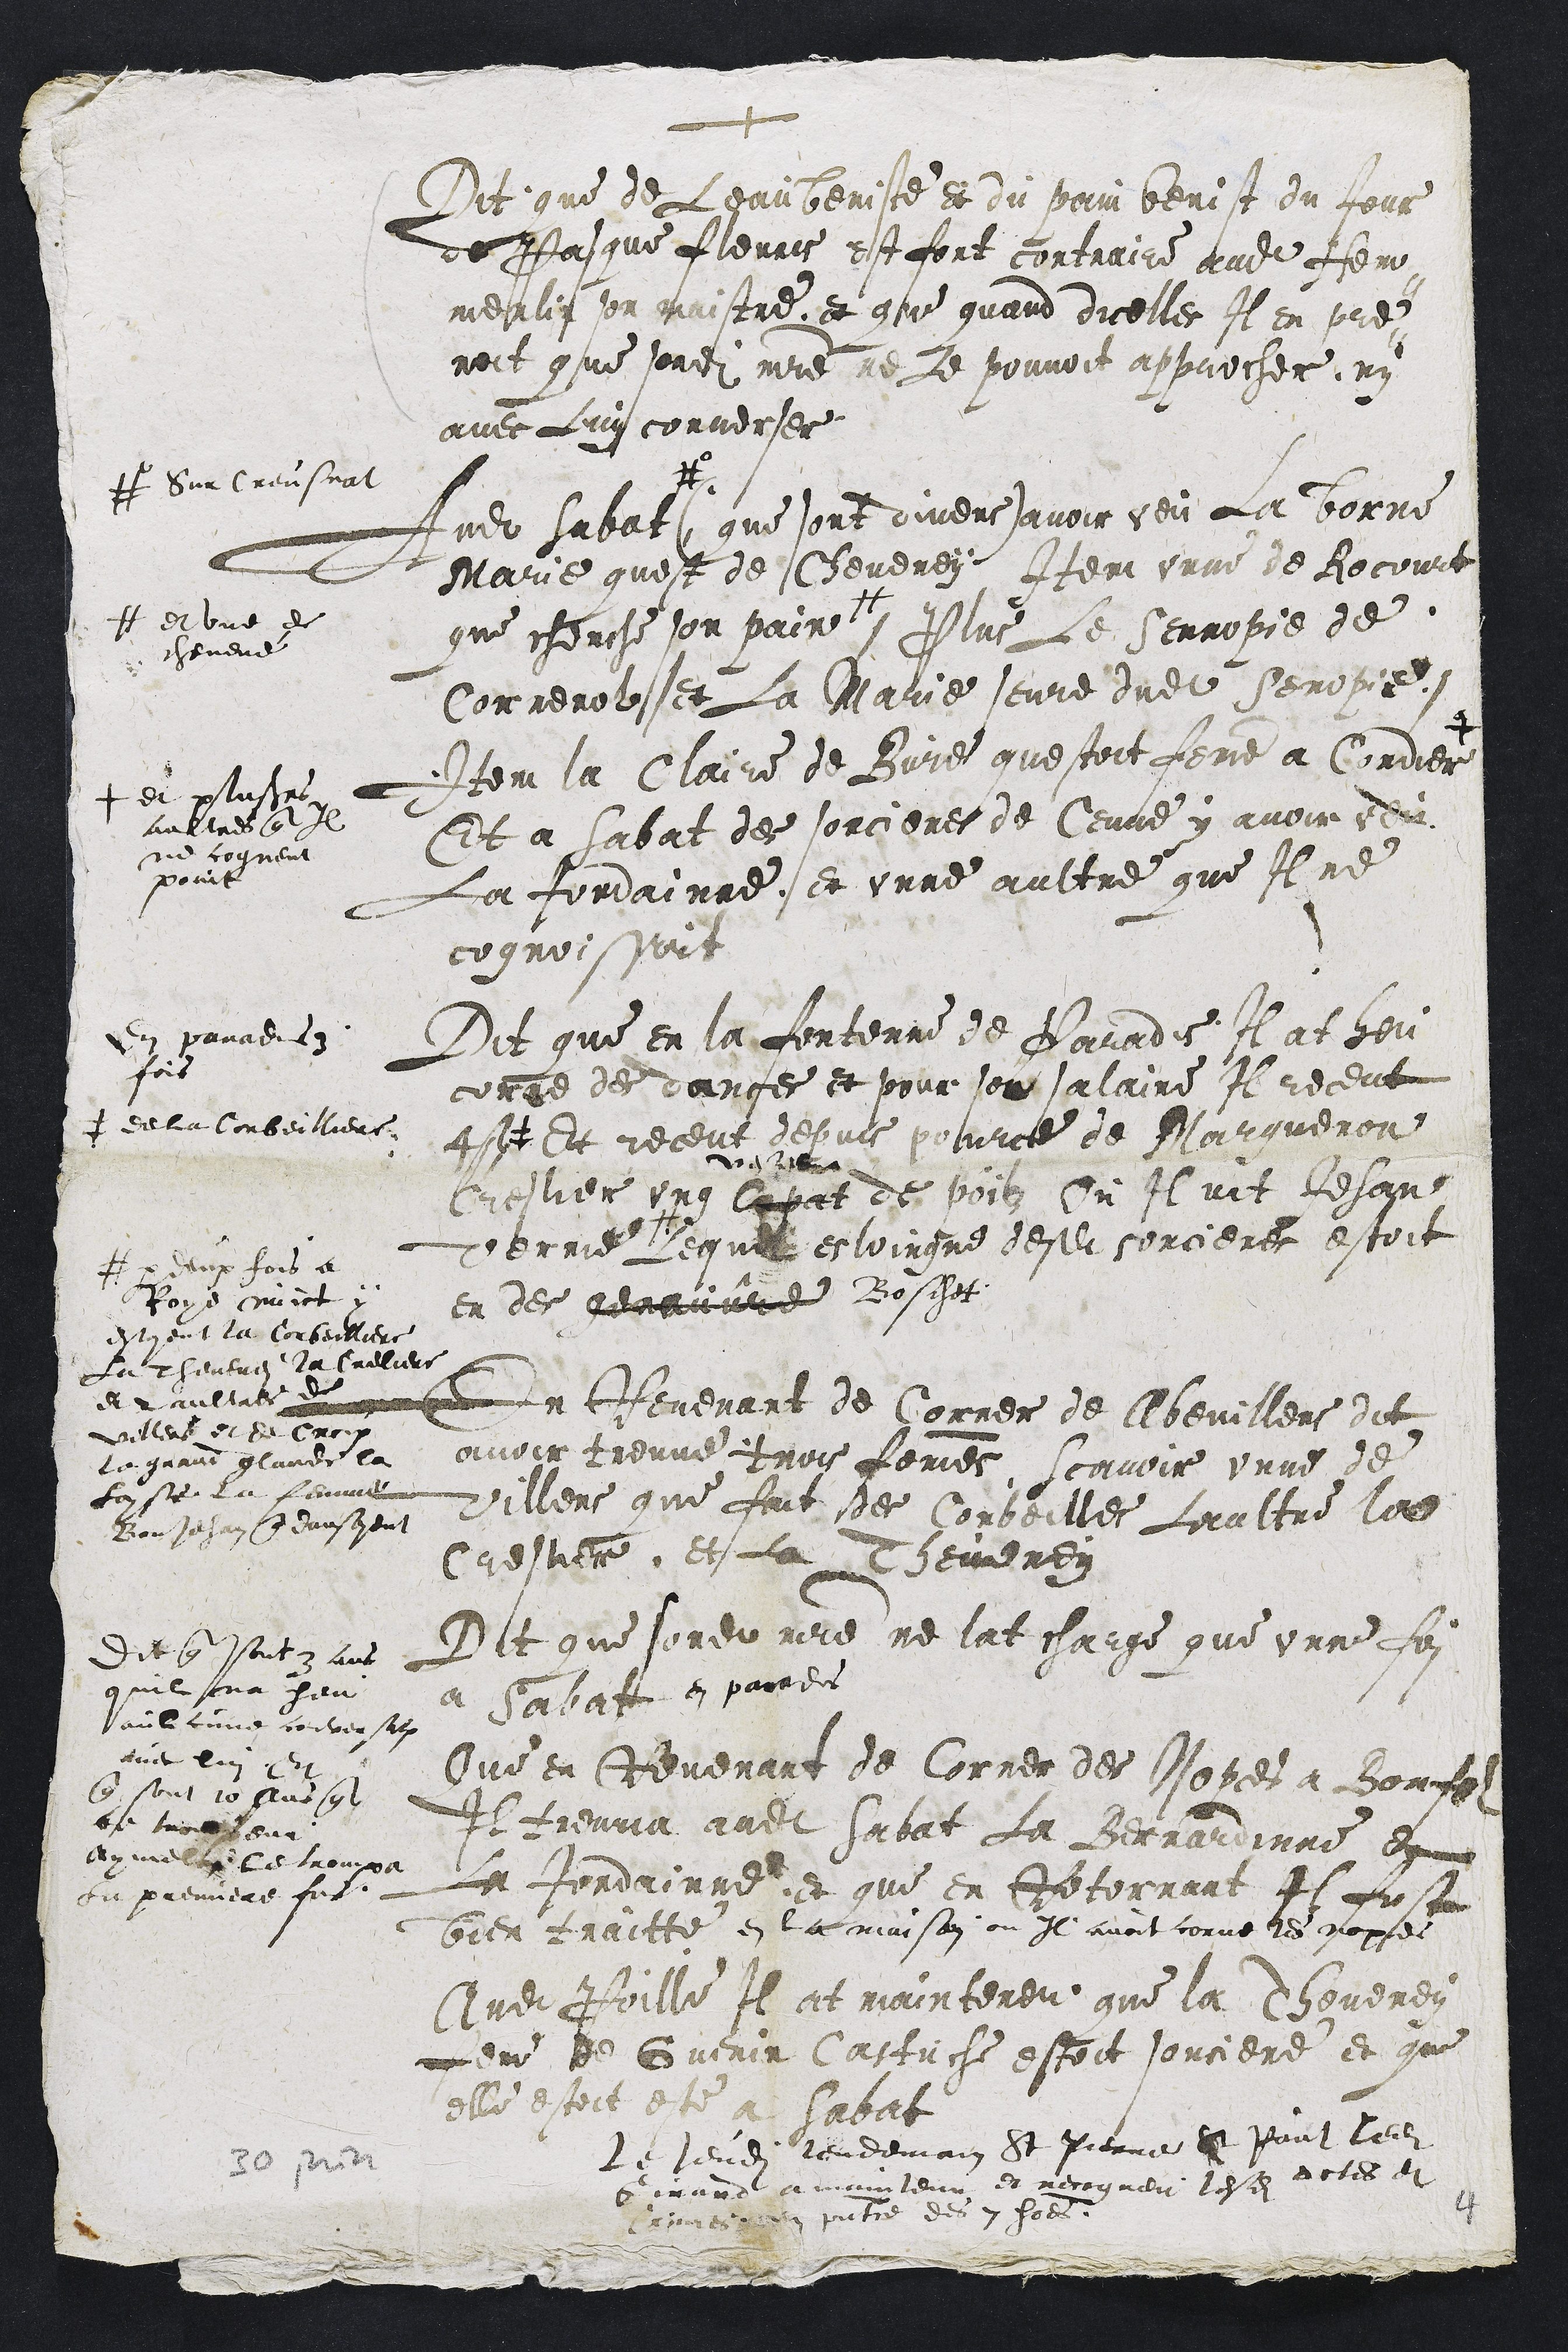
+
Dit que de Leau beniste et du pain benist du Jour
de Pasque fleuris est fort contraire audit Hem-
merlin son maistre et que quand dicelles Il en pre-
noit que sondit maitre ne Le pouvoit approcher, ny
avec Luy converser
Audit Sabat
# Sur Creusnat
(que sont divers) avoir veu La borne
Marie quest de Cheveney Item unne de Rocourt
que cherche son pain
# et une de
chevené
plus Le serropie de
Correnol et La Marie seure dudit Senopie
Item la Claire de Bure questoit femme a Cordier +
+ et plusieurs
aultres que Il
ne cogneut
point
Et a Sabat des sorcieres de Ceuve y avoir veu
a Jordainne et unne aultre que Il ne
cognoissoit
En paradis 3
fois
Dit que en la fontenne de Paradis Il at heu
corne des dances et pour son salaire Il receut
4 s.  #
# de la Corbeilliere
Et receut depuis pource de Margueron
Creslier ung Copat
vesal
de poilz  Ou il vit Jehane
Verne #
# deux fois a
Roye nuict y
estoient la Corbeilliere
La Thevenei la Creliere
et 2 aultres de
Villers et de Croix
La grand glaude la
Loyse la femme
Bonjehan que dansoyent
Lequel esloingne desdites sorcieres estoit
en des genauvre Boschet
En Revenant de Corner de Abevillers dit
avoir treuve trois femmes scavoir unne de
Villers que fait des Corbeilles Laultre la
Creslier, et la Theveney
Dit que sondit maitre ne lat charge que unne foi
a Sabat en paradis
Que en Revenant de Corner des Nopces a Bonfol
Il treuva audit Sabat la Bernardinne et
La Jordainne et que en Retornant Il fust
bien traitte en la maison ou Il avoit corne les nopces
Audit Poille Il at mainteneu que la Theveney
feme de Guenin Castuche estoit sorciere et que
elle estoit este a Sabat
Le jeudi lendemain St Pierre et Paul ledit
Girard a maintenu et recogneu lesdits actes et
Crimes en presentce des 7 hommes
Dit que sont 3 ans
quil na heu
aulcune conversation
avec lui Et
que sont 10 ans que
ce trompeur
Aymelin le trompa
La premiere fois